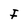
Character: F